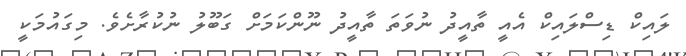
ލައިކް ޑިސްލައިކް އެއީ ތާއީދު ނުވަތަ ތާއީދު ނޫންކަމަށް ގަބޫލު ނުކުރާށެވެ. މިގައުމަކީ